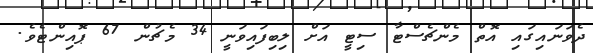
ދެވަނައިގައި އޮތް މެންޗެސްޓާ ސިޓީ އަށް ލިބިފައިވަނީ 34 މެޗުން 67 ޕޮއިންޓެވެ.